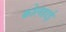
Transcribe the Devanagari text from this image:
कोलहाई